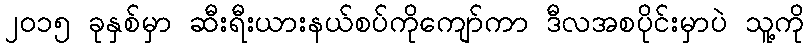
၂၀၁၅ ခုနှစ်မှာ ဆီးရီးယားနယ်စပ်ကိုကျော်ကာ ဒီလအစပိုင်းမှာပဲ သူ့ကို